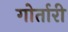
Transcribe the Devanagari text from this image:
गोर्तारी